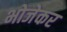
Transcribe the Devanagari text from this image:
भोजेकर